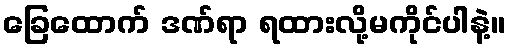
ခြေထောက် ဒဏ်ရာ ရထားလို့မကိုင်ပါနဲ့။